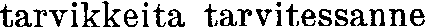
tarvikkeita tarvitessanne